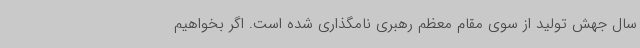
سال جهش تولید از سوی مقام معظم رهبری نامگذاری شده است. اگر بخواهیم